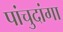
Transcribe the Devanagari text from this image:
पांचुदांगा